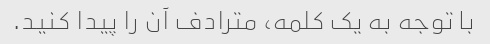
با توجه به یک کلمه، مترادف آن را پیدا کنید.